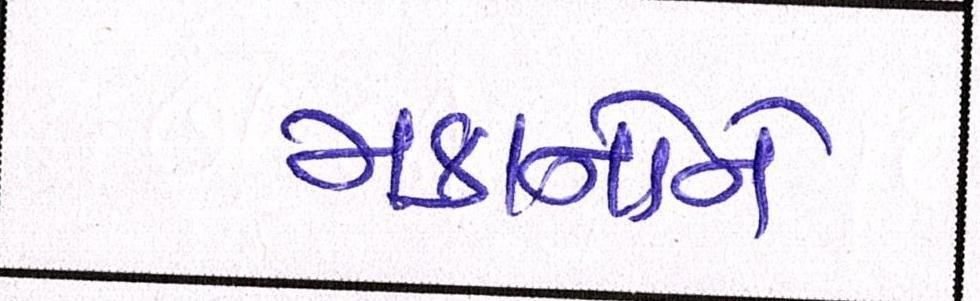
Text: મકાનોને